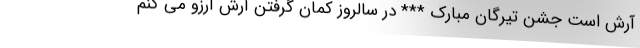
آرش است جشن تیرگان مبارک *** در سالروز کمان گرفتن آرش آرزو می کنم